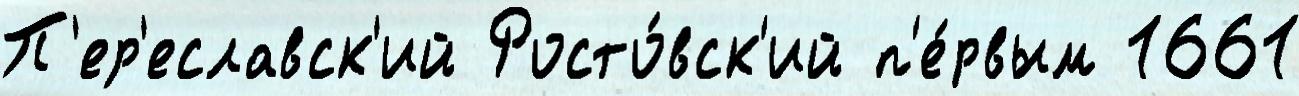
П'ер'еславск'ий Росто́вск'ий п'е́рвым 1661